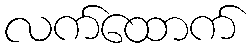
လက်ထောက်